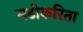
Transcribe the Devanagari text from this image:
मढीकरिता